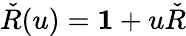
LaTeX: {\check{R}}(u)=\mathbf{1}+u{\check{R}}